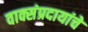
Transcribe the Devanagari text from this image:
वाक्संप्रदायांचे